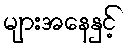
များအနေနှင့်